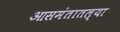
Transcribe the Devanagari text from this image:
आसमंतातल्या